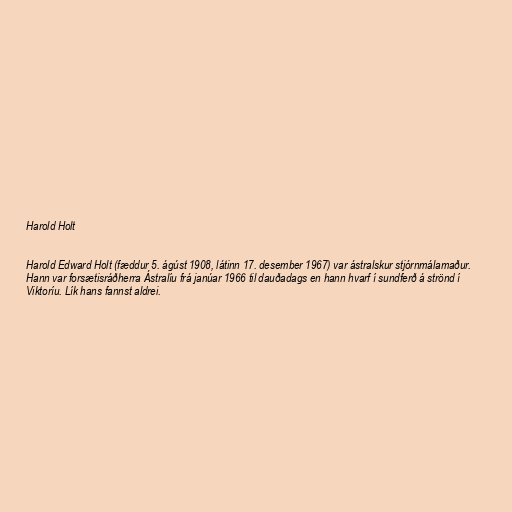
Harold Holt

Harold Edward Holt (fæddur 5. ágúst 1908, látinn 17. desember 1967) var ástralskur stjórnmálamaður.
Hann var forsætisráðherra Ástralíu frá janúar 1966 til dauðadags en hann hvarf í sundferð á strönd í
Viktoríu. Lík hans fannst aldrei.